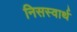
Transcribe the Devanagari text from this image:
निसस्वार्थ